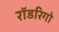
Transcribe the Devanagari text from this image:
रॉडरिगो